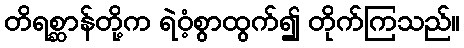
တိရစ္ဆာန်တို့က ရဲဝံ့စွာထွက်၍ တိုက်ကြသည်။